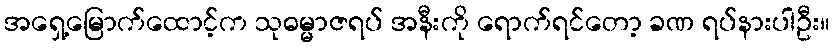
အရှေ့မြောက်ထောင့်က သုဓမ္မာဇရပ် အနီးကို ရောက်ရင်တော့ ခဏ ရပ်နားပါဦး။